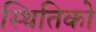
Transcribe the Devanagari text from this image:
स्थितिको